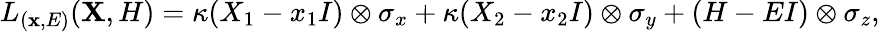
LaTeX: {L}_{(\mathbf{x},E)}(\mathbf{X},{H})=\kappa({X}_{1}-x_{1}{I})\otimes{\sigma}_{x}+\kappa({X}_{2}-x_{2}{I})\otimes{\sigma}_{y}+({H}-E{I})\otimes{\sigma}_{z},